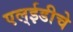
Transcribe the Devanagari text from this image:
एल्‌ईडीचे